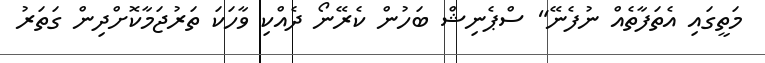
މަތީގައި އެތަފާތެއް ނުފެނޭ" ސްޕެނިޝް ބަހުން ކެރޭނޯ ދެއްކި ވާހަކަ ތަރުޖަމާކޮށްދިން ގަތަރު